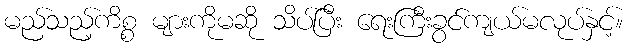
မည်သည့်ကိစ္စ များကိုမဆို သိပ်ပြီး ရေးကြီးခွင်ကျယ်မလုပ်နှင့်။